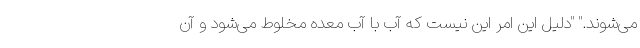
می‌شوند." "دلیل این امر این نیست که آب با آب معده مخلوط می‌شود و آن